Civil Veterinary Department. Central Provinces & Berar 1925-31 - 1925-1931
Year: 1925
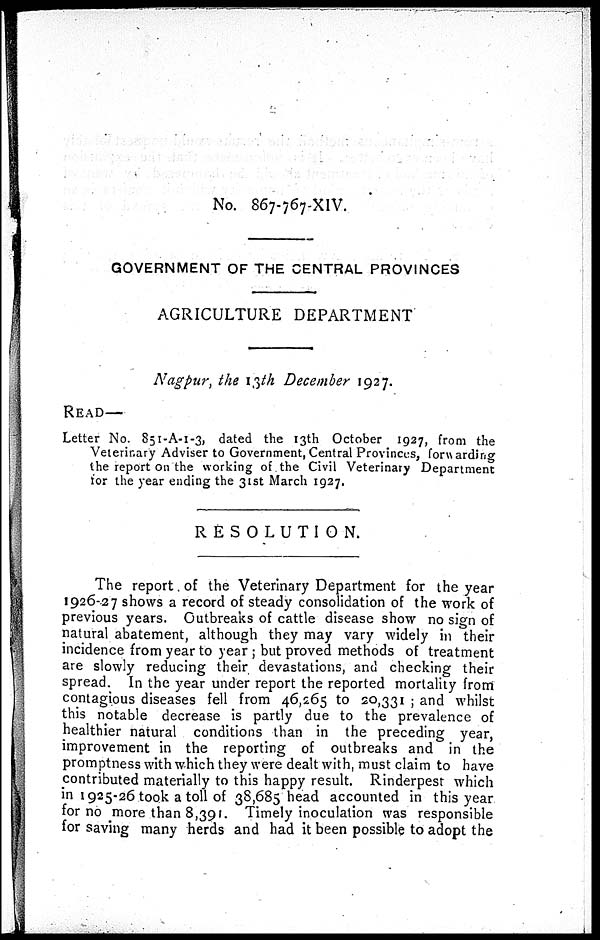
No. 867-767-XIV.
GOVERNMENT OF THE CENTRAL PROVINCES
AGRICULTURE DEPARTMENT
Nagpur, the 13th December 1927.
READ—
Letter No. 851-A-1-3, dated the 13th October 1927, from the
Veterinary Adviser to Government, Central Provinces, forwarding
the report on the working of the Civil Veterinary Department
for the year ending the 31st March 1927.
RESOLUTION.
The report of the Veterinary Department for the year
1926-27 shows a record of steady consolidation of the work of
previous years. Outbreaks of cattle disease show no sign of
natural abatement, although they may vary widely in their
incidence from year to year; but proved methods of treatment
are slowly reducing their devastations, and checking their
spread. In the year under report the reported mortality from
contagious diseases fell from 46,265 to 20,331; and whilst
this notable decrease is partly due to the prevalence of
healthier natural conditions than in the preceding year,
improvement in the reporting of outbreaks and in the
promptness with which they were dealt with, must claim to have
contributed materially to this happy result. Rinderpest which
in 1925-26 took a toll of 38,685 head accounted in this year
for no more than 8,391. Timely inoculation was responsible
for saving many herds and had it been possible to adopt the